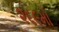
૨૬૯મો